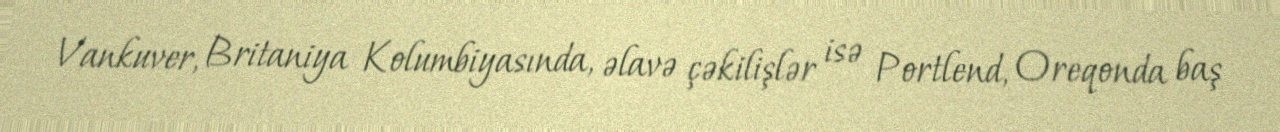
Vankuver, Britaniya Kolumbiyasında, əlavə çəkilişlər isə Portlend, Oreqonda baş